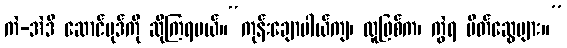
ကဲ-အဲဒီ ဆောင်ပုဒ်ကို ဆိုကြရမယ်။“ကုန်းချောပါယ်ကျ၊ လူဖြစ်က၊ ကွဲရ မိတ်ဆွေများ။”